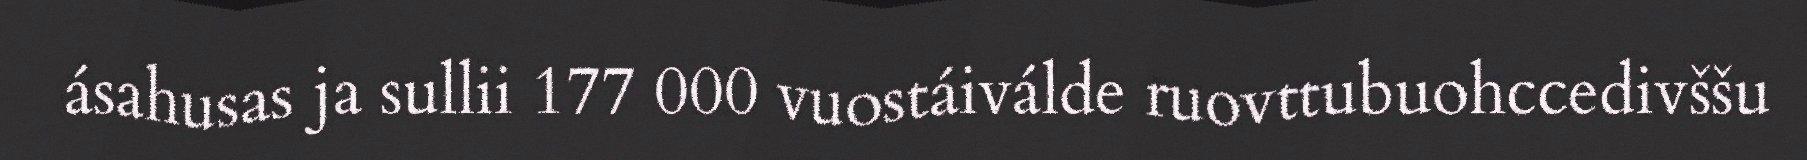
ásahusas ja sullii 177 000 vuostáiválde ruovttubuohccedivššu